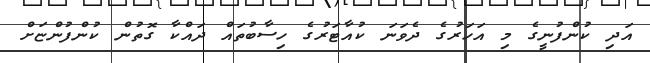
އަދި ކުންފުނީގެ މި އަހަރުގެ ދެވަނަ ކުއާޓަރުގެ ހިސާބުތައް ދައްކާ ގޮތުން ކުންފުންޏަށް